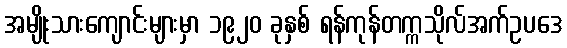
အမျိုးသားကျောင်းများမှာ ၁၉၂၀ ခုနှစ် ရန်ကုန်တက္ကသိုလ်အက်ဥပဒေ